Statistical return of the lunatic asylum in Assam - 1912-1932
Year: 1912
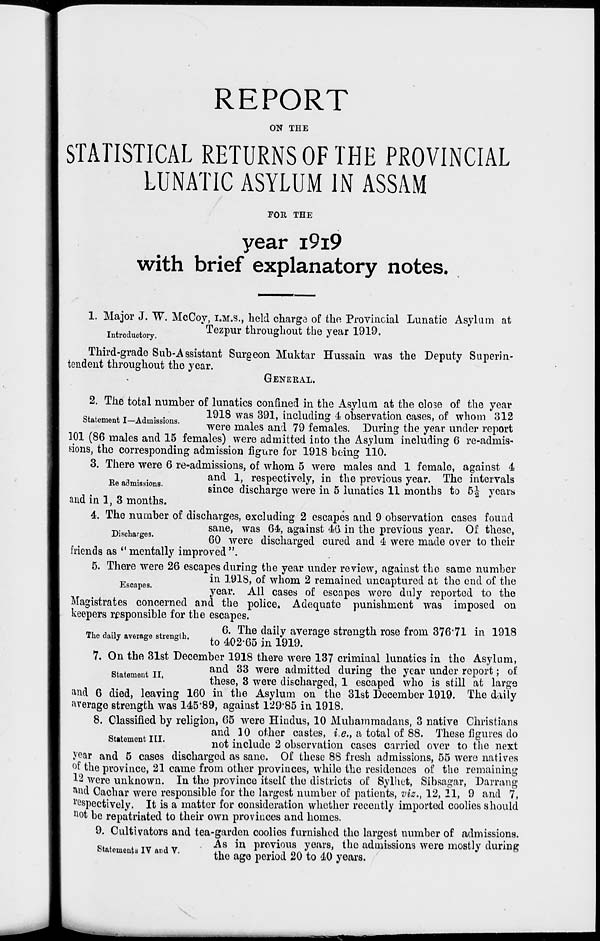
REPORT
ON THE
STATISTICAL RETURNS OF THE PROVINCIAL
LUNATIC ASYLUM IN ASSAM
FOR THE
year I9I9
with brief explanatory notes.
1. Major J. W. McCoy, I.M.S., held charge of the Provincial Lunatic Asylum at
introductory.
Tez P ur throughout the year 1919.
Third-grade Sub-Assistant Surgeon Muktar Hussain was the Deputy Superin-
tendent throughout the year.
GENERAL.
2. The total number of lunatics confined in the Asylum at the close of the year
0 , .
. T ., . .
1918 was 391, including 4 observation cases, of whom 312
Statement I—Admissions.
_
■,
, .„» °,
,. .
,,
•,
,
were males and 79 females. During the year under report
101 (86 males and 15 females) were admitted into the Asylum including 6 re-admis-
sions, the corresponding admission figure for 1918 being ilO.
3. There were 6 re-admissions, of whom 5 were males and 1 female, against 4
„ , . .
and 1, respectively, in the previous year. The intervals
Ke admissions.
•„
v i
« ri
1-
11
*.i
i.
M
since discharge were in 5 lunatics 11 months to 5-| years
and in 1, 3 months.
4. The number of discharges, excluding 2 escapes and 9 observation cases found
_. .
sane, was 64, against 46 in the previous year. Of these,
60 were discharged cured and 4 were made over to their
friends as " mentally improved ".
5. There were 26 escapes during the year under review, against the same number
in 1918, of whom 2 remained uncaptured at the end of the
s apos '
year. All cases of escapes were duly reported to the
Magistrates concerned and the police. Adequate punishment was imposed on
keepers responsible for the escapes.
-. , ..
..
6. The daily average strength rose from 37671 in 1918
The daily average strength.
^ ^.^ fa -^
*
7. On the 31st December 1918 there were 137 criminal lunatics in the Asylum,
g
n
and 33 were admitted during the year under report; of
these, 3 were discharged, 1 escaped who is still at large
iind 6 died, leaving 160 in the Asylum on the 31st December 1919. The daily
average strength was 145*89, against 12985 in 1918.
8. Classified by religion, 65 were Hindus, 10 Muhammadans, 3 native Christians
and 10 other castes, i.e., a total of 88. These figures do
StRtomcnt I .
no^. i nc i Ll( ] e 2 observation cases carried over to the next
year and 5 cases discharged as sane. Of these 88 fresh admissions, 55 were natives
°f the province, 21 came from other provinces, while the residences of the remaining
12 were unknown. In the province itself the districts of Sylhet, Sibsagar, Darning
*nd Cachar were responsible for the largest number of patients, viz,, 12, 11, 9 and 7,
respectively. It is a matter for consideration whether recently imported coolies should
n ot be repatriated to their own provinces and homes.
9. Cultivators and tea-garden coolies furnished the largest number of admissions.
0 .
TTT
. „
. As iu previous years, the admissions were mostly during
Statemeuts IV and V.
• i nn ± AI\
the ago period 20 to 40 years.